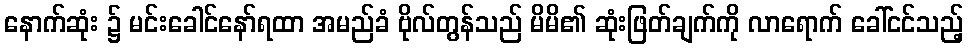
နောက်ဆုံး ၌ မင်းခေါင်နော်ရထာ အမည်ခံ ဗိုလ်တွန်သည် မိမိ၏ ဆုံးဖြတ်ချက်ကို လာရောက် ခေါ်ငင်သည့်